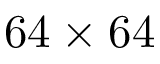
{ 6 4 \times 6 4 }